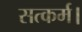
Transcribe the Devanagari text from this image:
सत्कर्म।